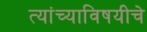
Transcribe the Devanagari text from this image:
त्यांच्याविषयीचे